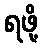
ရဖို့